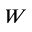
W